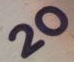
20